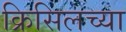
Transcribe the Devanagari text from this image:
क्रिसिलच्या